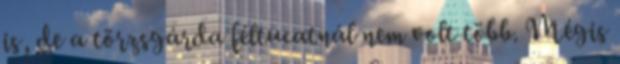
is, de a törzsgárda féltucatnál nem volt több. Mégis